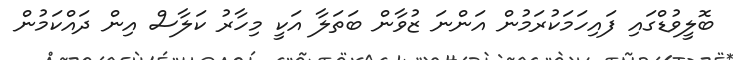
ބޮލީވުޑްގައި ފައިހަމަކުރަމުން އަންނަ ޒުވާން ބަތަލާ އަކީ މިހާރު ކަލާސް އިން ދައްކަމުން